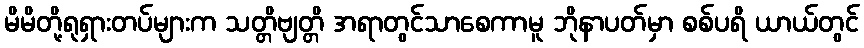
မိမိတို့ရုရှားတပ်များက သတ္တိဗျတ္တိ အရာတွင်သာစေကာမူ ဘိုနာပတ်မှာ စစ်ပရိ ယာယ်တွင်